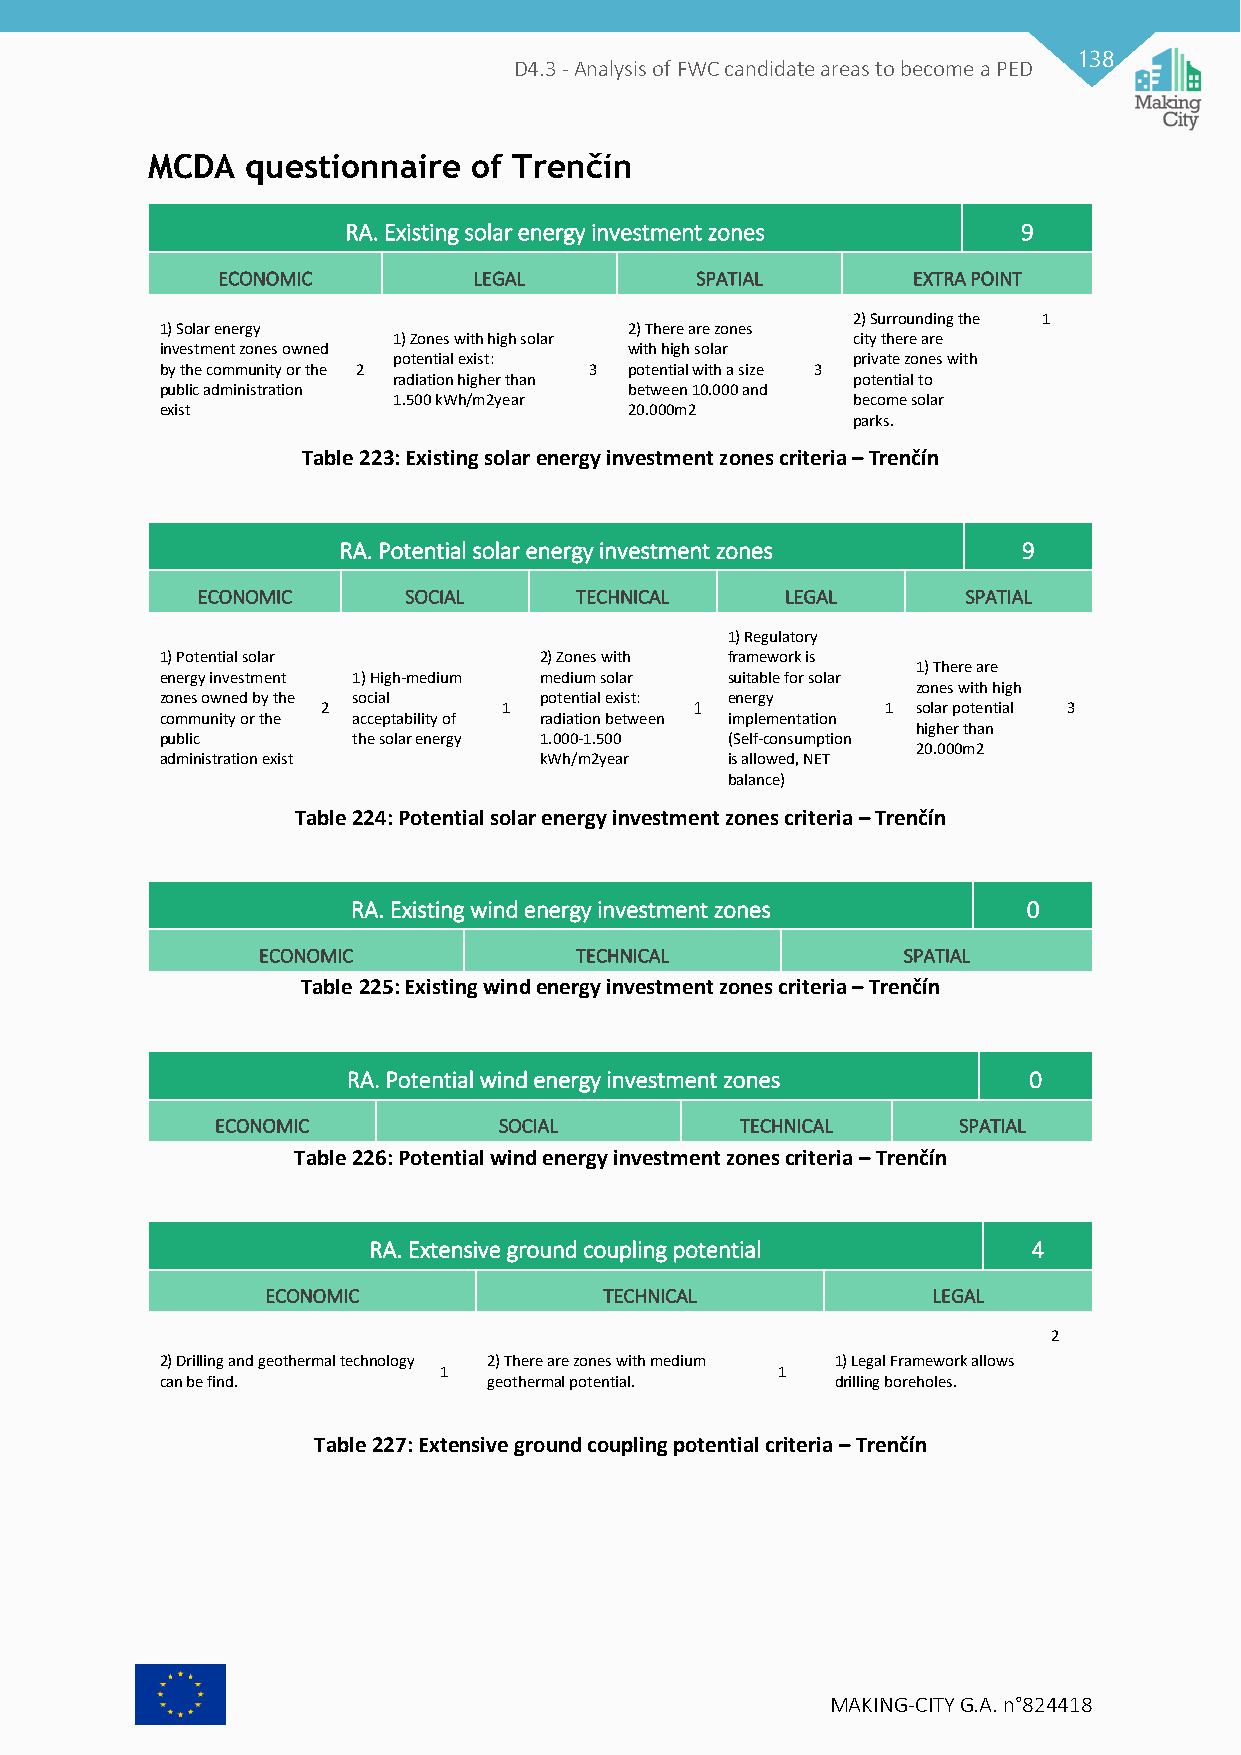
138
 D4.3 - Analysis of FWC candidate areas to become a PED
 MCDA  questionnaire  of Trenčín
 RA. Existing solar energy investment zones   9
 ECONOMIC         LEGAL          SPATIAL       EXTRA POINT
 2) Surrounding the 1
 1) Solar energy                2) There are zones
 1) Zones with high solar      city there are
 investment zones owned         with high solar
 potential exist:              private zones with
 by the community or the 2   3  potential with a size 3
 radiation higher than         potential to
 public administration          between 10.000 and
 1.500 kWh/m2year              become solar
 exist                          20.000m2
 parks.
 Table 223: Existing solar energy investment zones criteria – Trenčín
 RA. Potential solar energy investment zones   9
 ECONOMIC      SOCIAL     TECHNICAL     LEGAL       SPATIAL
 1) Regulatory
 1) Potential solar       2) Zones with framework is
 1) There are
 energy investment 1) High-medium medium solar suitable for solar
 zones with high
 zones owned by the social potential exist: energy
 2           1            1            1 solar potential 3
 community or the acceptability of radiation between implementation
 higher than
 public      the solar energy 1.000-1.500 (Self-consumption
 20.000m2
 administration exist     kWh/m2year  is allowed, NET
 balance)
 Table 224: Potential solar energy investment zones criteria – Trenčín
 RA. Existing wind energy investment zones    0
 ECONOMIC             TECHNICAL             SPATIAL
 Table 225: Existing wind energy investment zones criteria – Trenčín
 RA. Potential wind energy investment zones   0
 ECONOMIC           SOCIAL          TECHNICAL     SPATIAL
 Table 226: Potential wind energy investment zones criteria – Trenčín
 RA. Extensive ground coupling potential     4
 ECONOMIC              TECHNICAL             LEGAL
 2
 2) Drilling and geothermal technology 2) There are zones with medium 1) Legal Framework allows
 1                      1
 can be find.         geothermal potential.  drilling boreholes.
 Table 227: Extensive ground coupling potential criteria – Trenčín
 MAKING-CITY G.A. n°824418